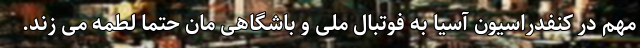
مهم در کنفدراسیون آسیا به فوتبال ملی و باشگاهی مان حتماً لطمه می زند.